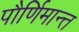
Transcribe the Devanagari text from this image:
पौर्णिमान्त्त